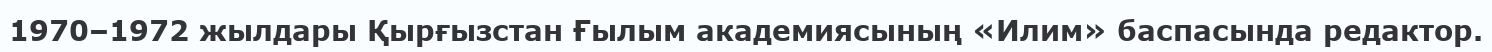
1970–1972 жылдары Қырғызстан Ғылым академиясының «Илим» баспасында редактор.